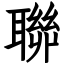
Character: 聯